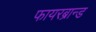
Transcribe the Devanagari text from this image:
फायरब्रान्ड